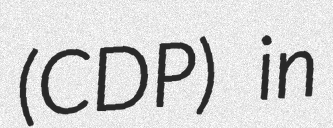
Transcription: (CDP) in